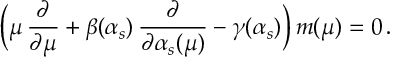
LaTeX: \bigg ( \mu \, { \frac { \partial } { \partial \mu } } + \beta ( \alpha _ { s } ) \, { \frac { \partial } { \partial \alpha _ { s } ( \mu ) } } - \gamma ( \alpha _ { s } ) \bigg ) \, m ( \mu ) = 0 \, .